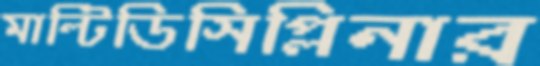
মাল্টিডিসিপ্লিনার